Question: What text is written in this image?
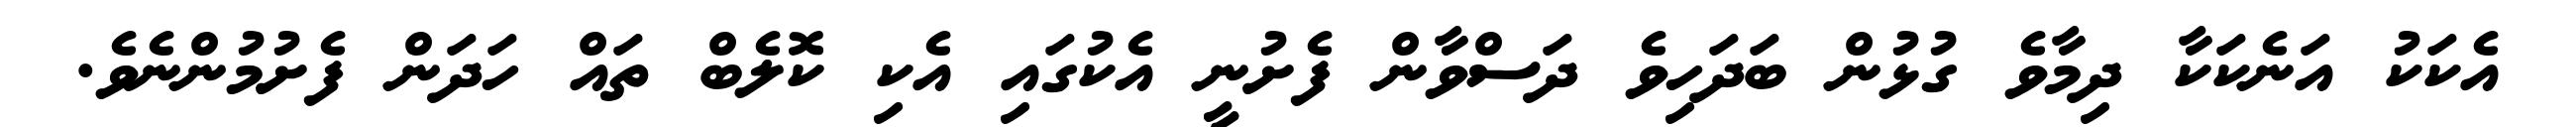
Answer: އެކަކު އަނެކަކާ ދިމާވެ ގުޅުން ބަދަހިވެ ދަސްވާން ފެށުނީ އެކުގައި އެކި ކޮލެބް ތައް ހަދަން ފެށުމުންނެވެ.